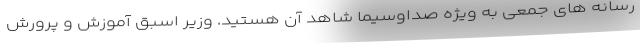
رسانه های جمعی به ویژه صداوسیما شاهد آن هستید. وزیر اسبق آموزش و پرورش